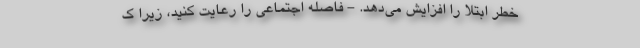
خطر ابتلا را افزایش می‌دهد. - فاصله اجتماعی را رعایت کنید، زیرا ک